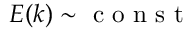
E ( k ) \sim \mathrm { ~ c ~ o ~ n ~ s ~ t ~ }